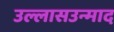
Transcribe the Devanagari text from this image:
उल्लासउन्माद